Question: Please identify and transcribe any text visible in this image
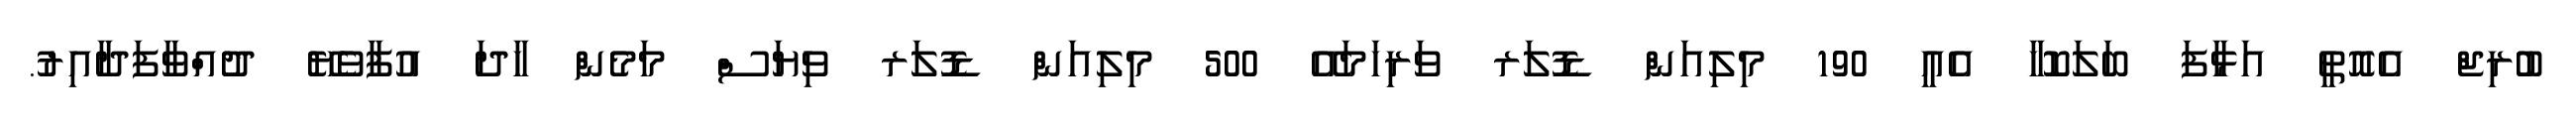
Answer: ބުރިޖް އެއޮތީ އަޅާފަ ބަލަކޮހާ އެއީ 190 މިލިއަން ޑޮލަރ ވަރިހަމައޭ 500 މިލިއަން ޑޮލަރ ވިޔަސް މަމެން ހާދަ އުފާވެޔޭ ދުއްވާފަދާއިރު.